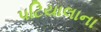
પટિયાલાના